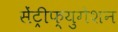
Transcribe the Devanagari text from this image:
सेंट्रीफ्युगेशन